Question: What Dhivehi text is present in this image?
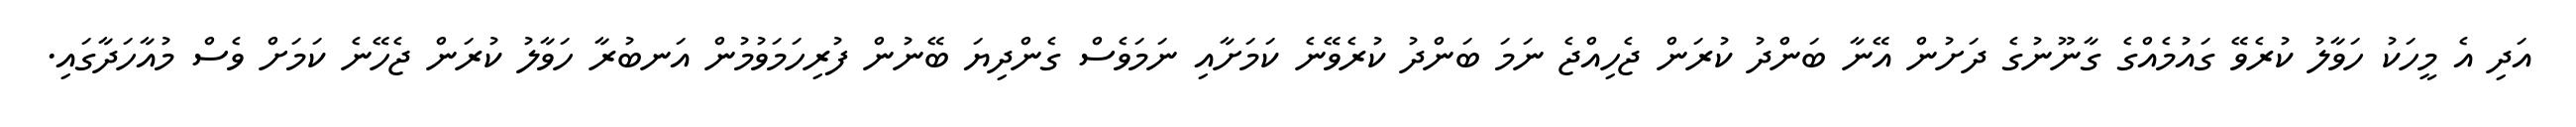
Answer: އަދި އެ މީހަކު ހަވާލު ކުރެވޭ ގައުމެއްގެ ގާނޫނުގެ ދަށުން އޭނާ ބަންދު ކުރަން ޖެހިއްޖެ ނަމަ ބަންދު ކުރެވޭނެ ކަމަށާއި ނަމަވެސް ގެންދިޔަ ބޭނުން ފުރިހަމަވުމުން އަނބުރާ ހަވާލު ކުރަން ޖެހޭނެ ކަމަށް ވެސް މުއާހަދާގައި.